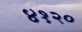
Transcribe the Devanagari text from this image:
४१२०